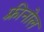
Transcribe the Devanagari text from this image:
फ़्रीनोल